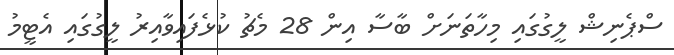
ސްޕެނިޝް ލީގުގައި މިހާތަނަށް ބާސާ އިން 28 މެޗު ކުޅެފައިވާއިރު ލީގުގައި އެޓީމު